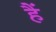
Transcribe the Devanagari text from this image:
हैें